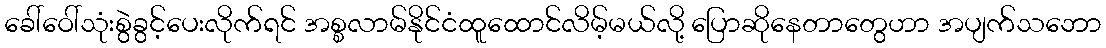
ခေါ်ဝေါ်သုံးစွဲခွင့်ပေးလိုက်ရင် အစ္စလာမ်နိုင်ငံထူထောင်လိမ့်မယ်လို့ ပြောဆိုနေတာတွေဟာ အပျက်သဘော